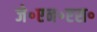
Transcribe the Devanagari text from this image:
जे॰एन॰एस॰